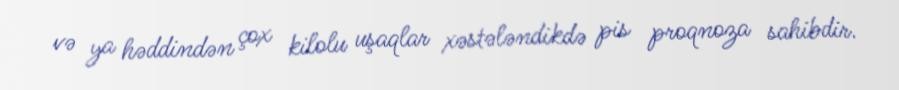
və ya həddindən çox kilolu uşaqlar xəstələndikdə pis proqnoza sahibdir.